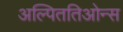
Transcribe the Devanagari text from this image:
अल्पिततिओन्स